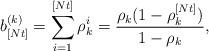
LaTeX: \begin{align*}b^{(k)}_{[Nt]}=\sum _{i=1}^{[Nt]}\rho_k ^i=\frac{\rho _k (1-\rho _k^{[Nt]})}{1-\rho _k},\end{align*}